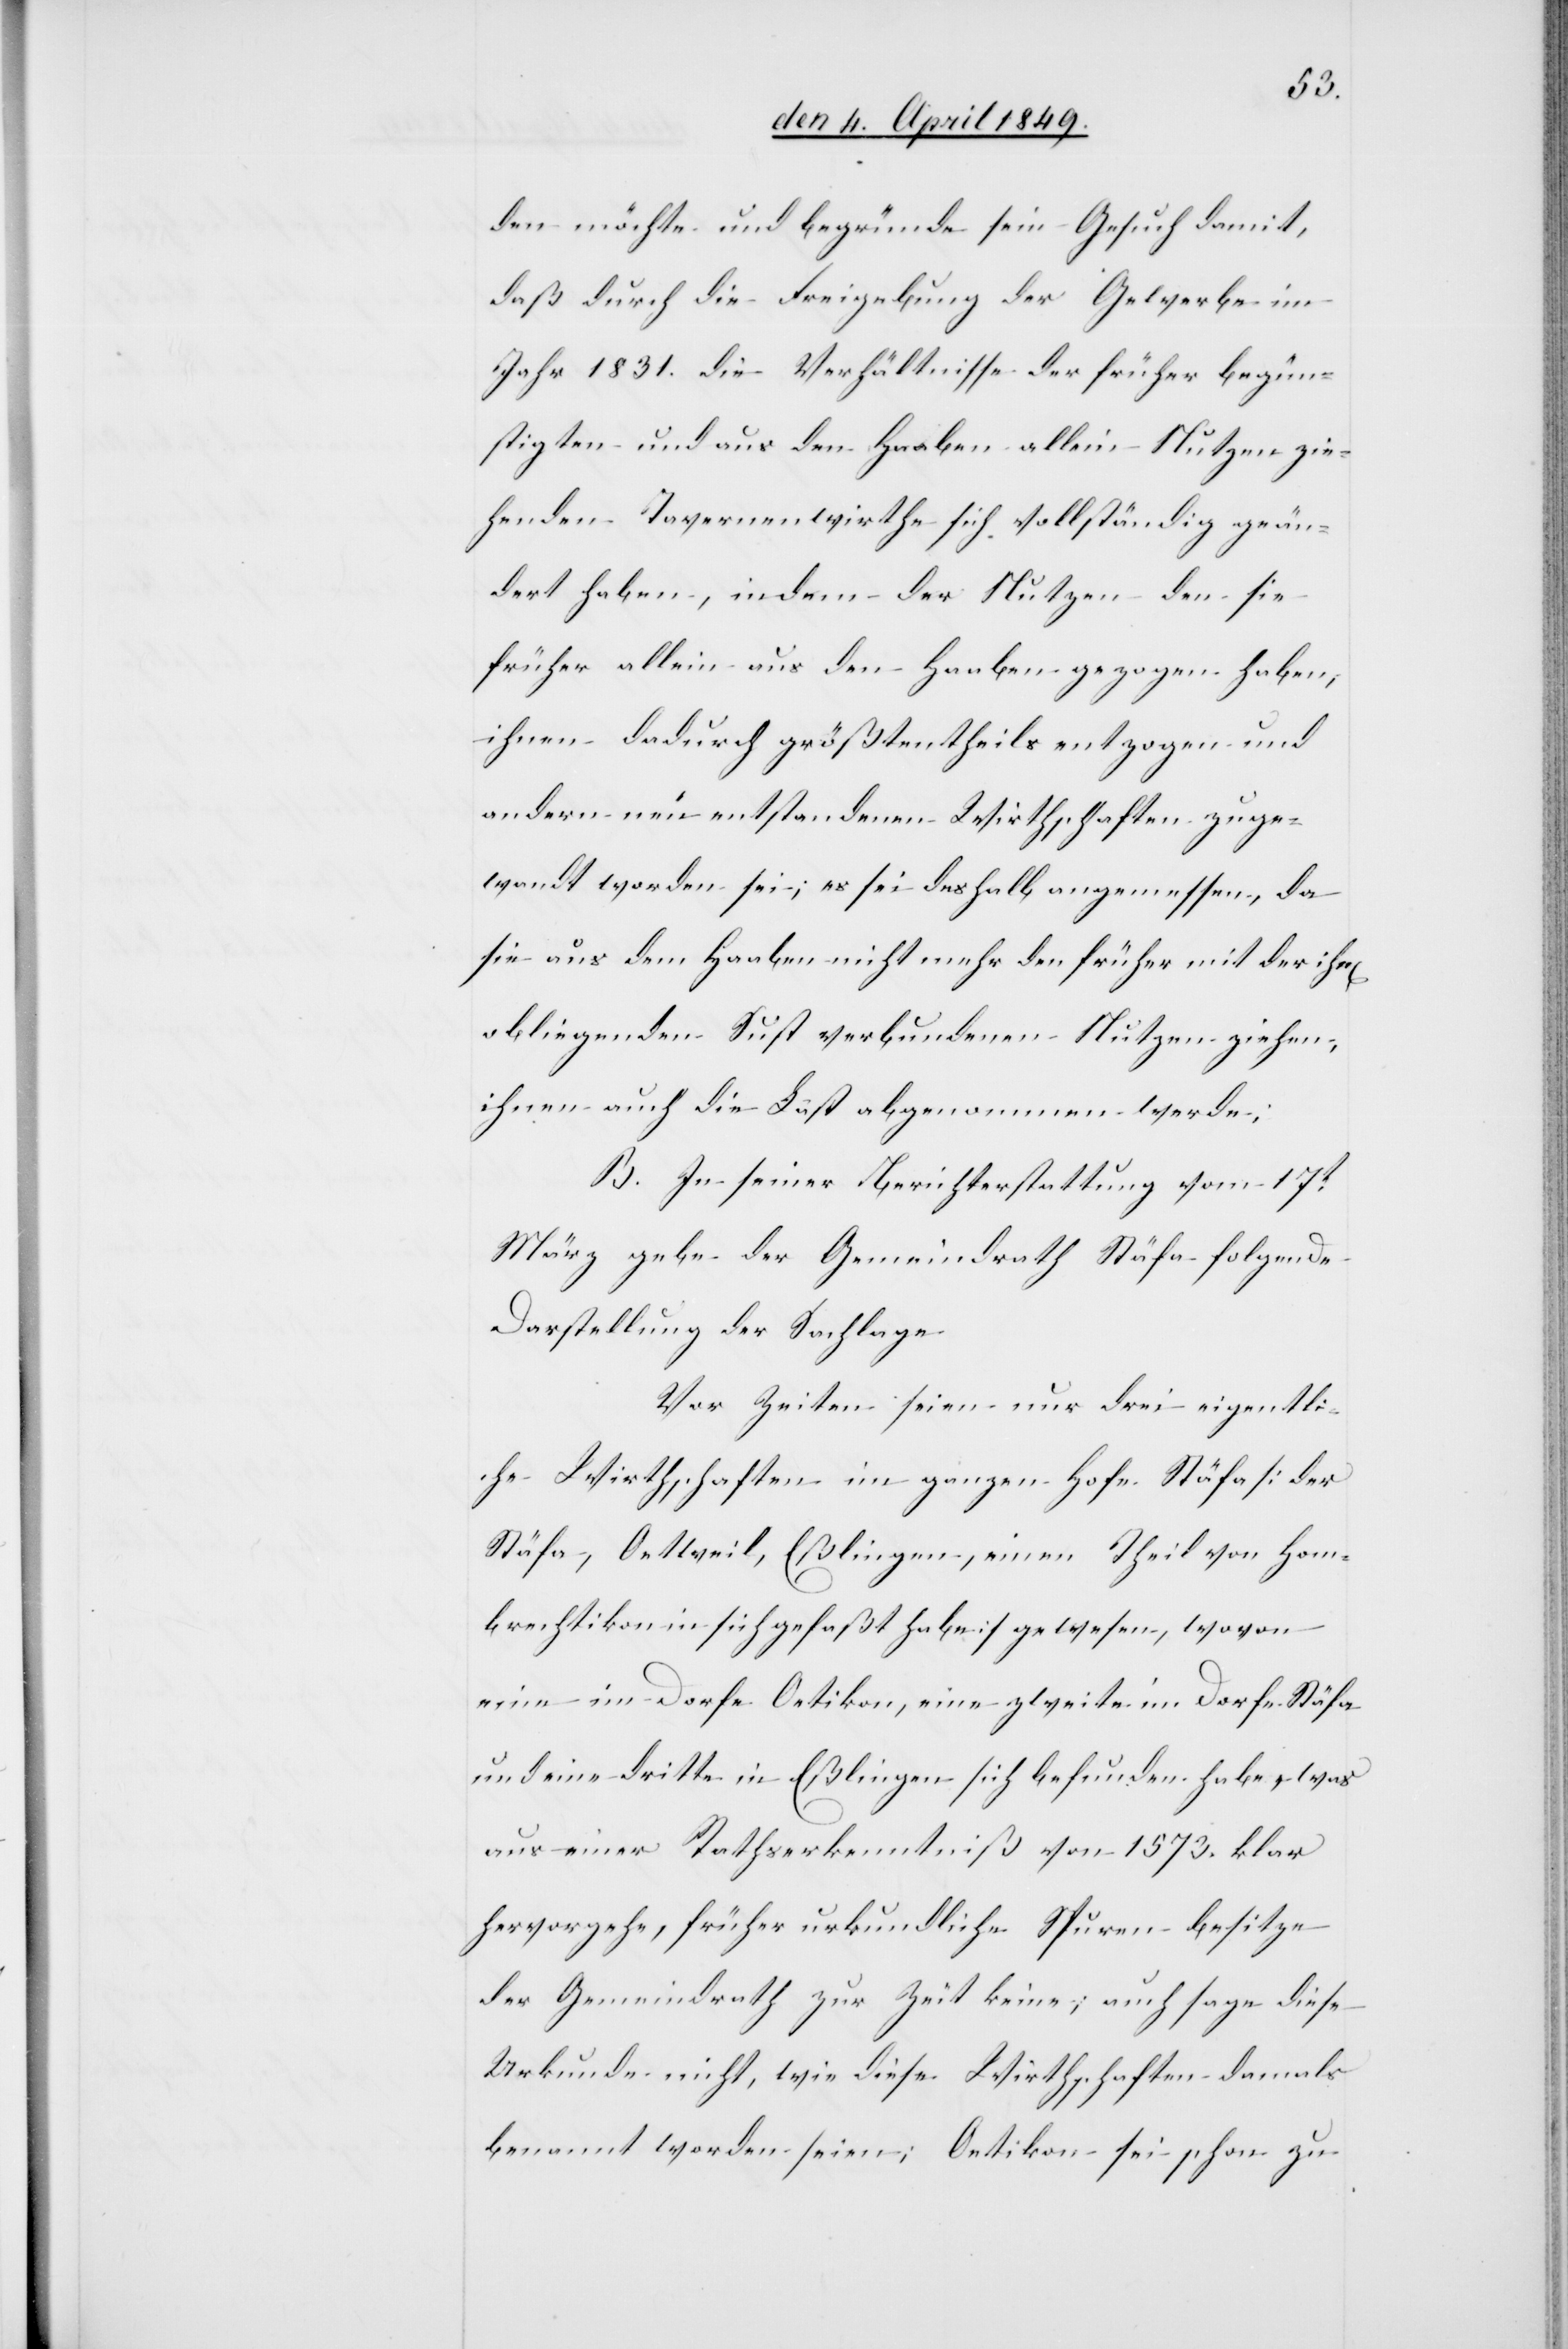
den möchte und begründe sein Gesuch damit,
daß durch die Freigebung der Gewerbe im
Jahr 1831. die Verhältnisse der früher begün¬
stigten und aus den Haaben allein Nutzung zie¬
henden Tavernenwirthe sich vollständig geän¬
dert haben, indem der Nutzen den sie
früher allein aus den Haaben gezogen haben,
ihnen dadurch größtentheils entzogen und
andern neu entstandenen Wirthschaften zuge¬
wandt worden sei; es sei deshalb angemessen, da
sie aus dem Haaben nicht mehr den früher mit der ihn[en]
obliegenden Last verbundenen Nutzen ziehen,
ihnen auch die Last abgenommen werde;
B. In seiner Berichterstattung vom 17t
März gebe der Gemeindrath Stäfa folgende
Darstellung der Sachlage
Vor Zeiten seien nur drei eigentli¬
che Wirthschaften im ganzen Hofe Stäfa [der
Stäfa, Oetweil, Eßlingen, einen Theil von Hom¬
brechtikon in sich gefaßt habe] gewesen, wovon
eine im Dorfe Oetikon, eine zweite im Dorfe Stäfa
und eine dritte in Eßlingen sich befunden habe, was
aus einer Rechtsurkunde von 1573. klar
hervorgehe, früher urkundliche Spuren besitze
der Gemeindrath zur Zeit keine; auch sage diese
Urkunde nicht, wie diese Wirthschaften damals
benannt worden seien, Oetikon sei schon zu